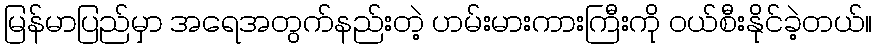
မြန်မာပြည်မှာ အရေအတွက်နည်းတဲ့ ဟမ်းမားကားကြီးကို ဝယ်စီးနိုင်ခဲ့တယ်။